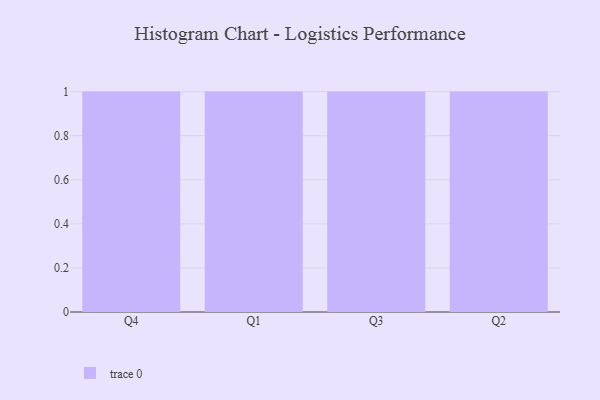
{"axis": {"x": "Quarter", "y": "Shipments"}, "legend": [""], "data": [{"x": "Q4", "y": 99, "type": ""}, {"x": "Q1", "y": 45, "type": ""}, {"x": "Q3", "y": 11, "type": ""}, {"x": "Q2", "y": 50, "type": ""}]}